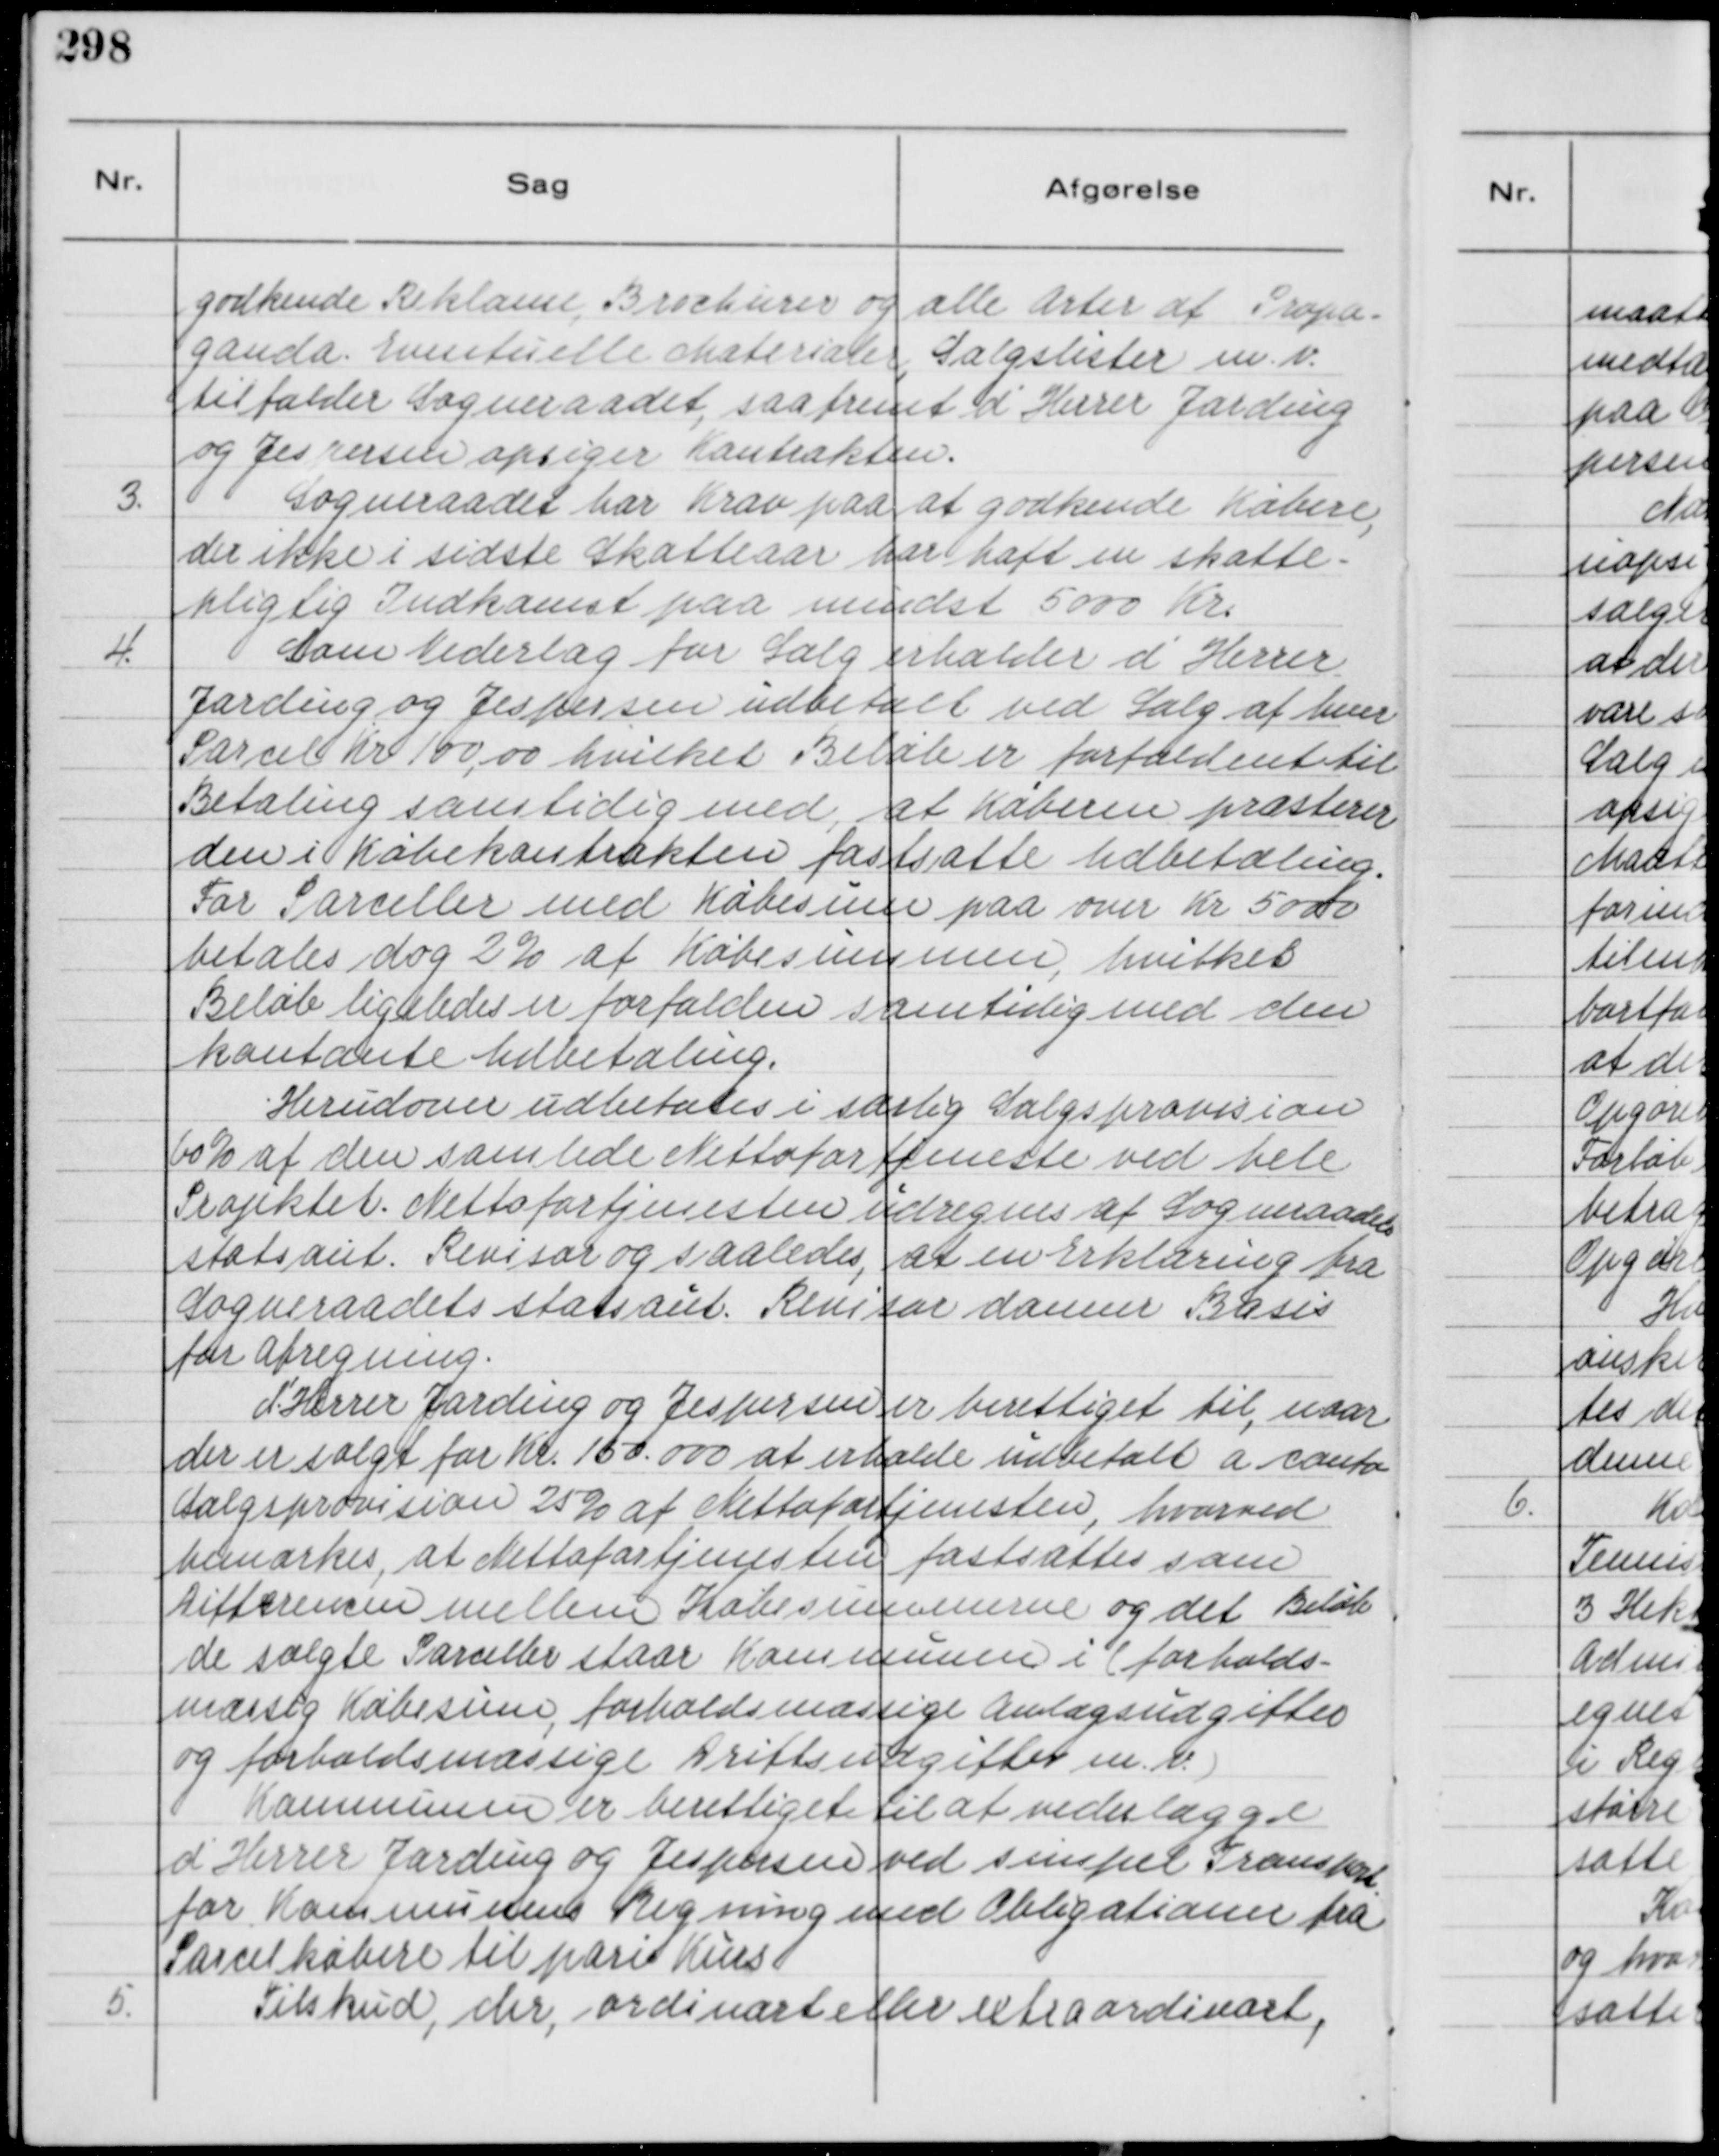
Transskription:
godkende Reklame, Brochurer og alle Arter af Propa-
ganda. Eventuelle Matrialer, Salgslister m. v.
tilfalder Sogneraadet, saafremt d'Herrer Jarding
og Jespersen opsiger Kontrakten.
3.
Sogneraadet har Krav paa at godkende Købere,
der ikke i sidste Skatteaar har haft en Skatte-
pligtig Indkomst paa mindst 5000 Kr.
4.
Som Vederlag for Salg erholder d'Herrer
Jarding og Jespersen udbetalt ved Salg af hver
Parcel Kr 100,00 hvilket Beløb er forfaldent til
Betaling samtidig med, at Køberen præsterer
den i Købekontrakten fastsatte Udbetaling.
For Parceller med Købesum paa over Kr 5000
betales dog 2% af Købesummen, hvilket
Beløb ligeledes er forfalden samtidig med den
kontante Udbetaling.
Herudover udbetales i særlig Salgsprovision
60% af den samlede Nettofortjeneste ved hele
Projektet. Nettofortjenesten udregnes af Sogneraadets
statsaut. Revisor og saaledes, at en Erklæring fra
Sogneraadets statsaut. Revisor danner Basis
for Afregning.
D'Herrer Jarding og Jespersen er berettiget til, naar
der er solgt for Kr. 150.000 at erholde udbetalt a conto
Salgsprovision 25% af Nettefortjenesten, hvorved
bemærkes, at Nettofortjenesten fastsættes som
Differencen mellem Købesummerne og det Beløb
de solgte Parceller staar Kommunen i ( forholds-
mæssig Købesum, forholdsmæssige Anlægsudgifter
og forholdsmæssige Driftsudgifter m. v. )
Kommunen er berettiget til at vederlægge
d'Herrer Jarding og Jespersen ved simpel Transport
for Kommunens Regning med Obligationer fra
Parcelkøbere til pari Kurs
5.
Tilskud, der, ordinært eller extraordinært,